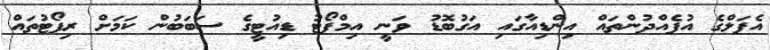
އެޕަލްގެ އުފެއްދުންތައް އިންޑިއާގައި އަގުބޮޑު ވަނީ އިމްޕޯޓު ޑިއުޓީގެ ސަބަބުން ކަމަށް ރިޕޯޓުތައް